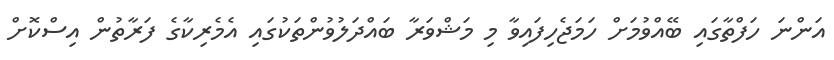
އަންނަ ހަފްތާގައި ބޭއްވުމަށް ހަމަޖެހިފައިވާ މި މަޝްވަރާ ބައްދަލުވުންތަކުގައި އެމެރިކާގެ ފަރާތުން އިސްކޮށް